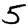
Digit: 5